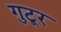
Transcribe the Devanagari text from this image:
गुटूर